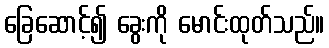
ခြေဆောင့်၍ ခွေးကို မောင်းထုတ်သည်။